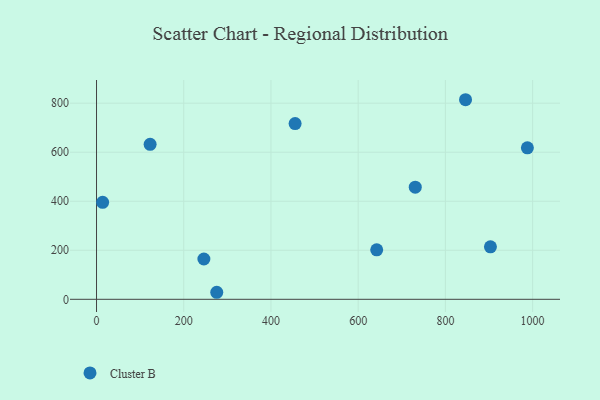
{"axis": {"x": "Speed", "y": "Yield"}, "legend": ["Cluster B"], "data": [{"x": "846.2", "y": 814.1, "type": "Cluster B"}, {"x": "642.5", "y": 201.9, "type": "Cluster B"}, {"x": "455.4", "y": 717.0, "type": "Cluster B"}, {"x": "730.9", "y": 457.2, "type": "Cluster B"}, {"x": "903.3", "y": 214.2, "type": "Cluster B"}, {"x": "988.0", "y": 617.9, "type": "Cluster B"}, {"x": "246.2", "y": 164.4, "type": "Cluster B"}, {"x": "14.0", "y": 395.8, "type": "Cluster B"}, {"x": "275.7", "y": 28.7, "type": "Cluster B"}, {"x": "122.9", "y": 632.2, "type": "Cluster B"}]}